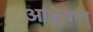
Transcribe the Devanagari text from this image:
आप्नुयात्